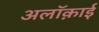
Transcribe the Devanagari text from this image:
अलॉक़ाई